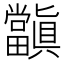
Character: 𭻺